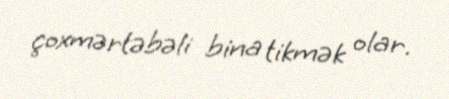
çoxmərtəbəli bina tikmək olar.